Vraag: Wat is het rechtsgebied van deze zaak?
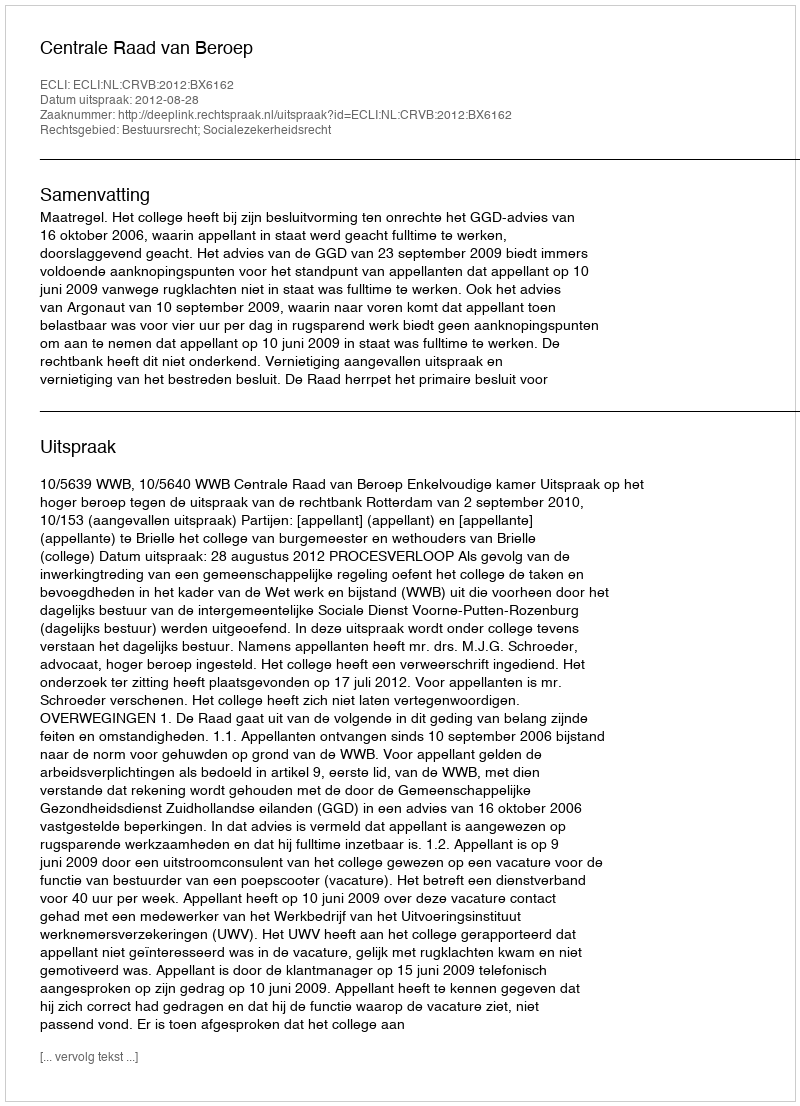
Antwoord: Bestuursrecht; Socialezekerheidsrecht